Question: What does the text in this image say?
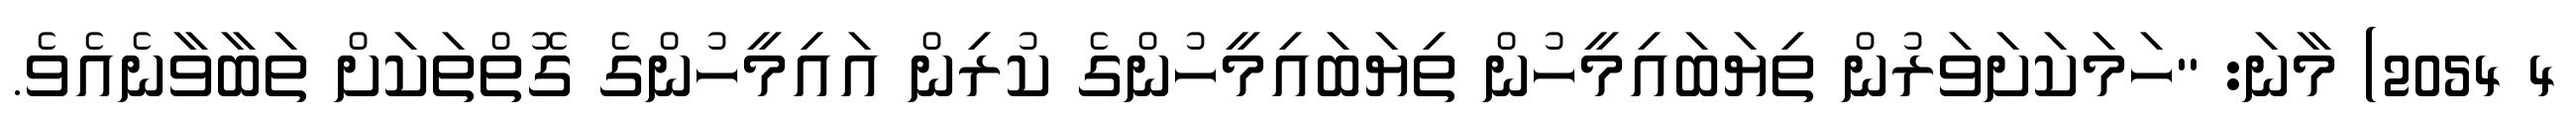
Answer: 4 2054) މާނަ: "ހަމަކަށަވަރުން ތިޔަބައިމީހުން ތިޔަބައިމީހުންގެ ކުރިން އައިމީހުންގެ ގޮތްތަކަށް ތަބާވާނެއެވެ.